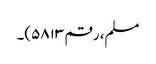
مسلم، رقم ۵۸۱۳)۔